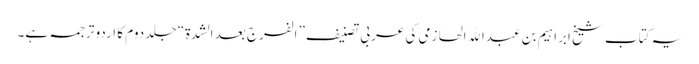
یہ کتاب شیخ ابراہیم بن عبدالله الحازمی کی عربی تصنیف” الفرج بعد الشدة“ جلد دوم کا اردو ترجمہ ہے۔